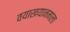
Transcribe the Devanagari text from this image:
वयाखयानमाला